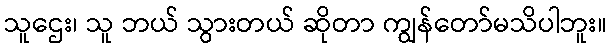
သူဌေး၊ သူ ဘယ် သွားတယ် ဆိုတာ ကျွန်တော်မသိပါဘူး။